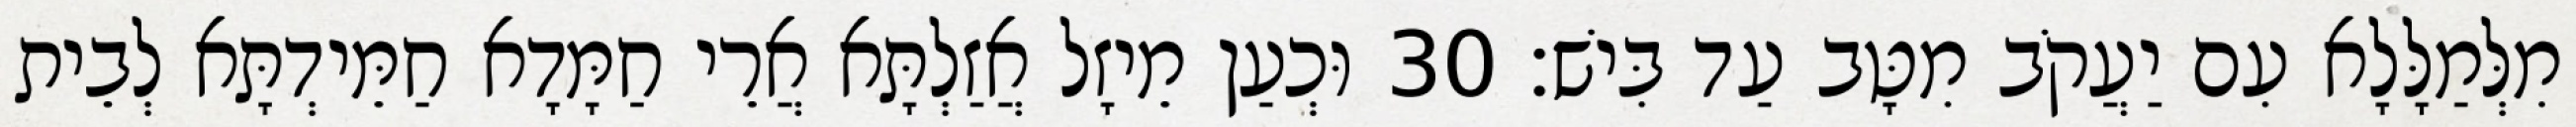
מִלְּמַלָּלָא עִם יַעֲקֹב מִטָּב עַד בִּישׁ׃ 30 וּכְעַן מֵיזָל אֲזַלְתָּא אֲרֵי חַמָּדָא חַמֵּידְתָּא לְבֵית